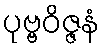
ပုဗ္ဗဝိဇ္ဇနံ